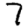
Digit: 7